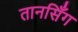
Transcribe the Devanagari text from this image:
तानसिँग